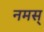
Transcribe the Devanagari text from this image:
नमस्